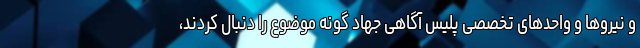
و نیروها و واحدهای تخصصی پلیس آگاهی جهاد گونه موضوع را دنبال کردند،